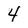
Character: 4